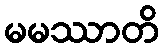
မမဿာတိ